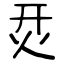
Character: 烎